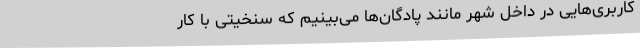
کاربری‌هایی در داخل شهر مانند پادگان‌ها می‌بینیم که سنخیتی با کار